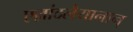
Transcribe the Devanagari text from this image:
एल्लांदलैयानान्